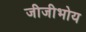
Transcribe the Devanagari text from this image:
जीजीभोय